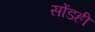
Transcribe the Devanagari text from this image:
सोंडही